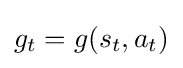
g_{t}=g(s_{t},a_{t})